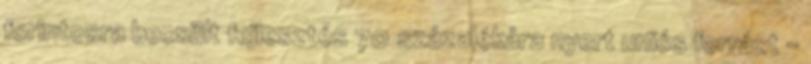
forintosra becsült fejlesztés 70 százalékára nyert uniós forrást –